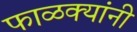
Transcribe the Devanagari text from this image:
फाळक्यांनी